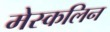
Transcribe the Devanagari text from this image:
मेस्कलिन